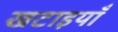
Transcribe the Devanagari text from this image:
खटाइयाँ